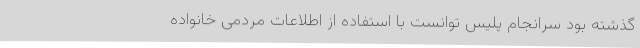
گذشته بود سرانجام پلیس توانست با استفاده از اطلاعات مردمی خانواده